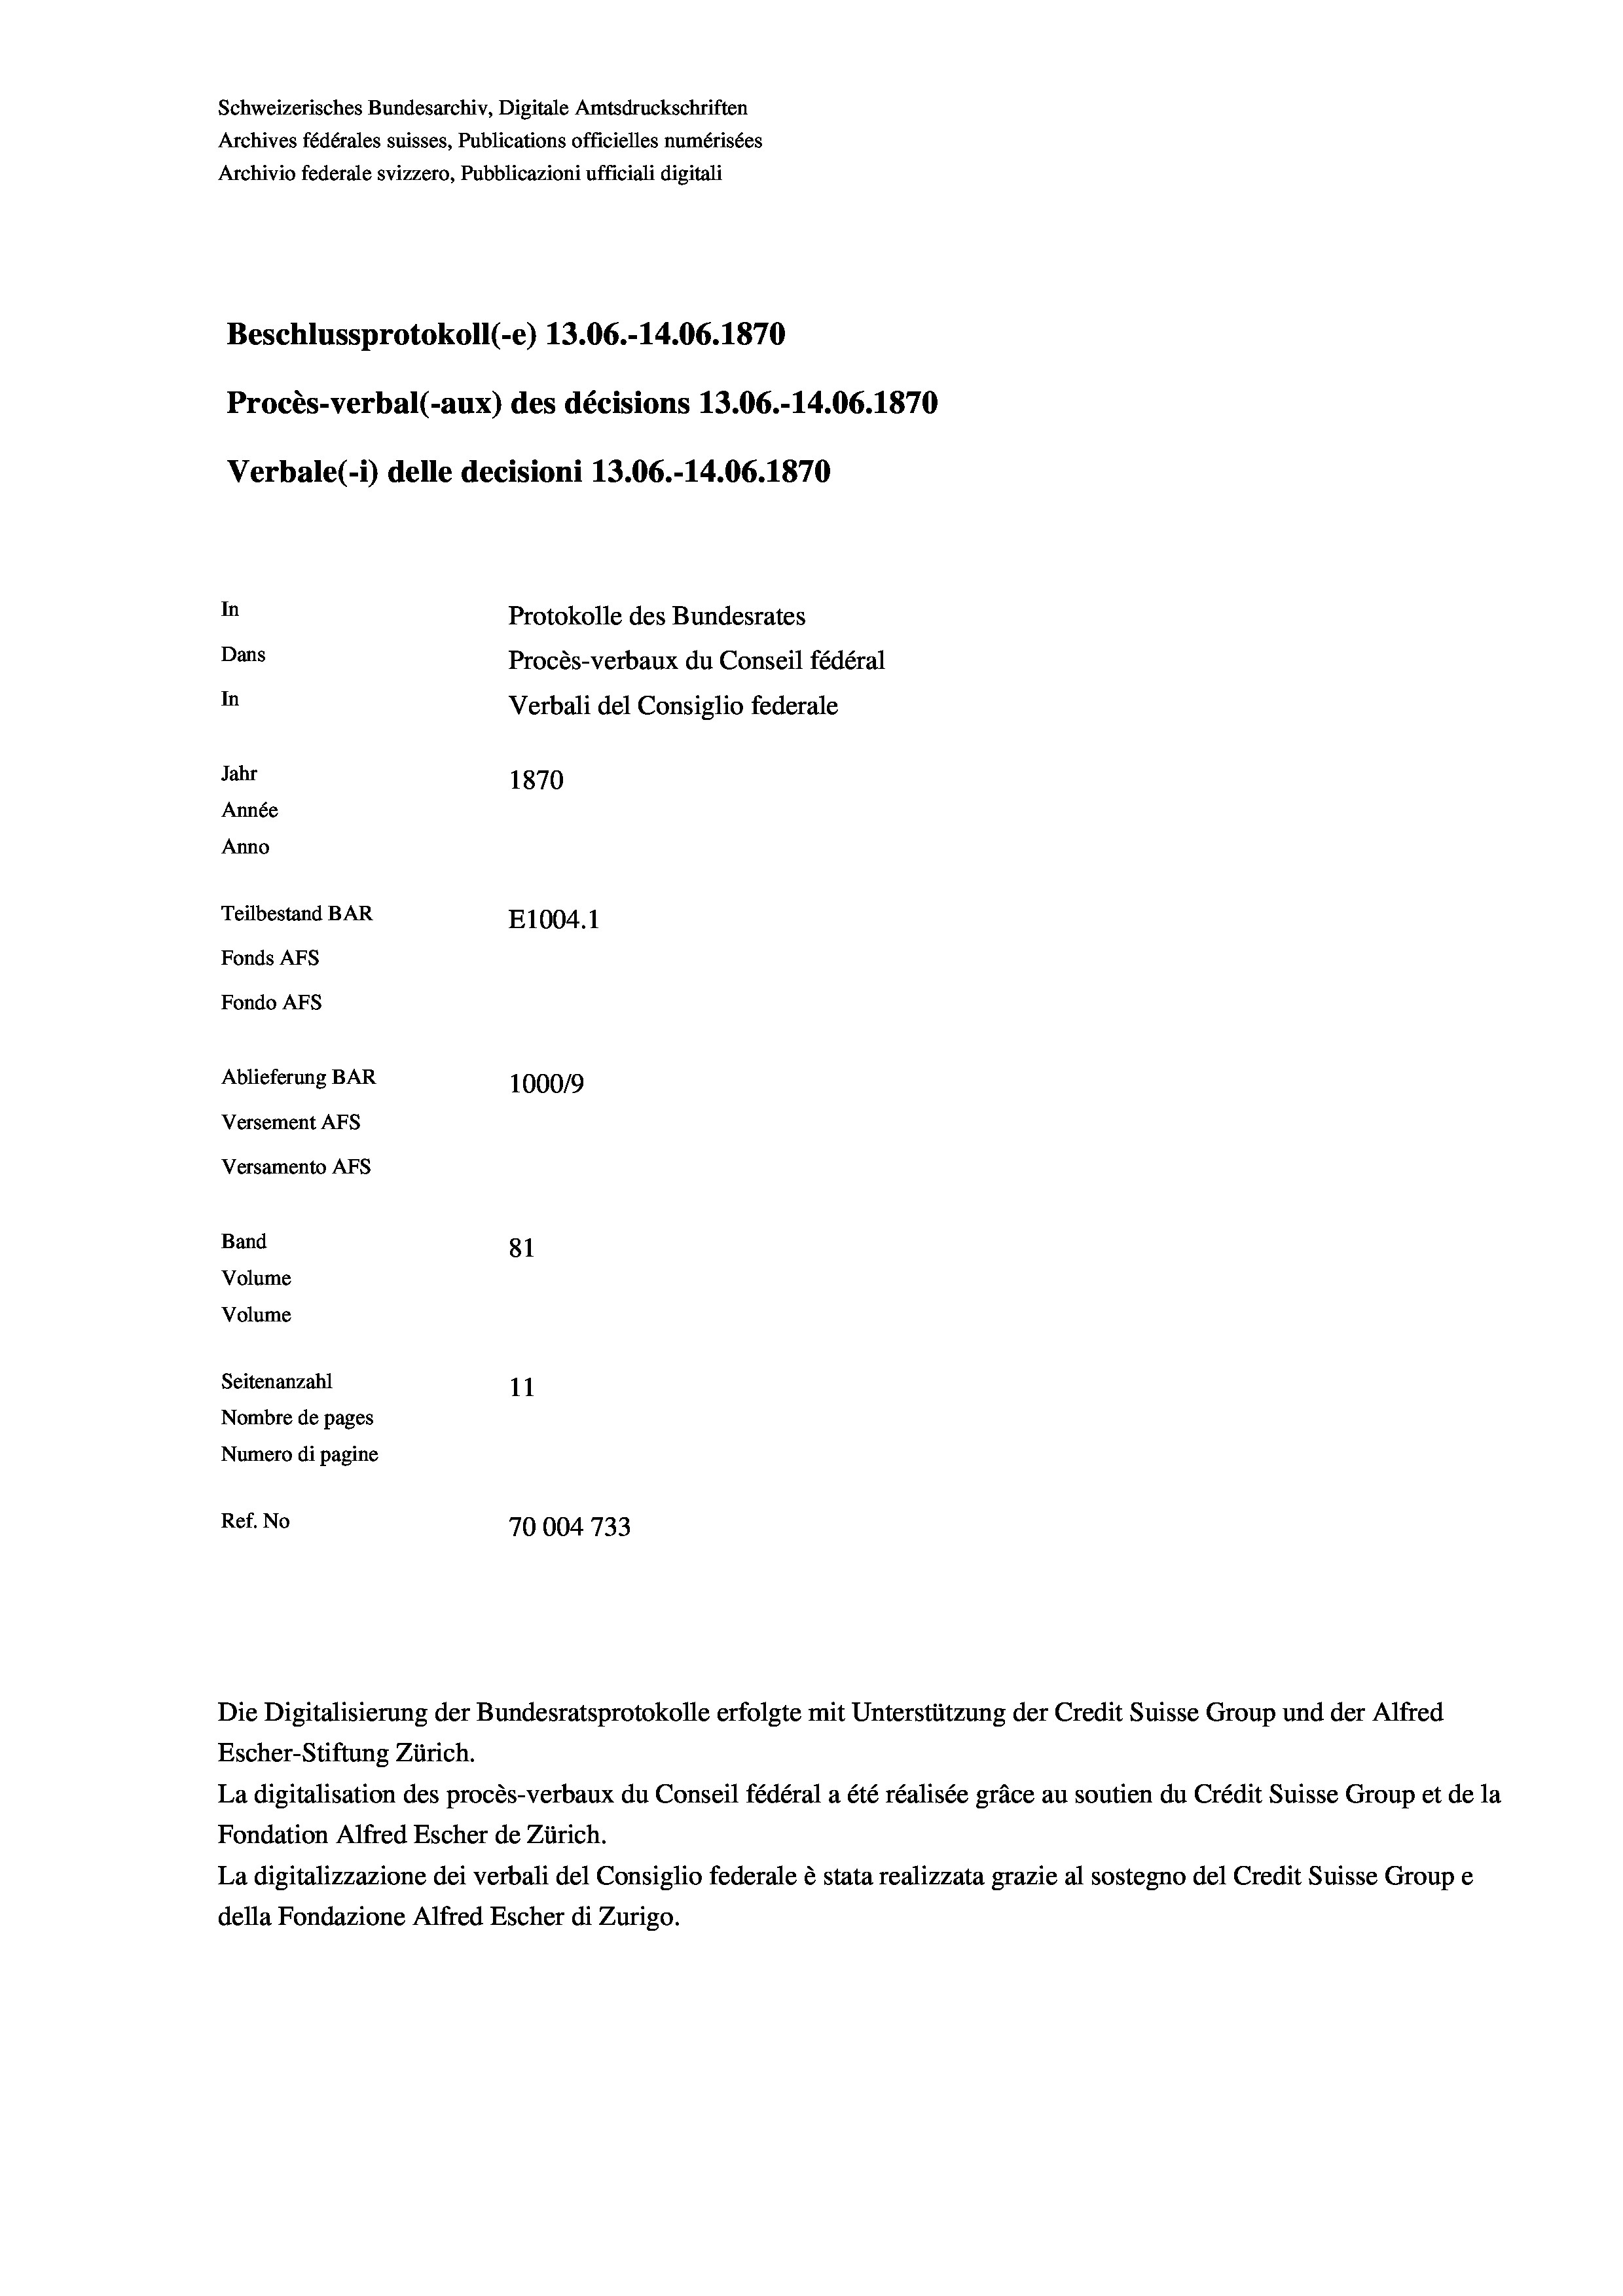
Schweizerisches Bundesarchiv, Digitale Amtsdruckschriften
Archives fédérales suisses, Publications officielles numérisées
Archivio federale svizzero, Pubblicazioni ufficiali digitali
Beschlussprotokoll (-e) 13.06.-14.06. 1870
Procès-verbal (-aux) des décisions 13.06.-14.06. 1870
Verbale (i) delle decisioni 13.06.-14.06. 1870
In
Protokolle des Bundesrates
Dans
Procès-verbaux du Conseil fédéral
In
Verbali del Consiglio federale
Jahr
1870
Année
Anno
Teilbestand BAR
E1004.1
Fonds AFs
Fondo AFs
Ablieferung BAR
100019
Versement AFs

Versamento Afs
Band
Volume
Volume

81
Seitenanzahl
11
Nombre de pages
Numero di pagine
Ref. No
70004 733

Die Digitalisierung der Bundesratsprotokolle erfolgte mit Unterstützung der Credit Suisse Group und der Alfred
Escher-Stiftung Zürich.
La digitalisation des procès-verbaux du Conseil fédéral a été réalisée gräce au soutien du Crédit Suisse Group et de la
Fondation Alfred Escher de Zürich.
La digitalizzazione dei verbali del Consiglio federale è stata realizzata grazie al sostegno del Credit Suisse Groupe
della Fondazione Alfred Escher di Zurigo.